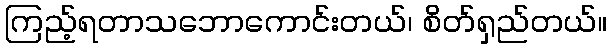
ကြည့်ရတာသဘောကောင်းတယ်၊ စိတ်ရှည်တယ်။